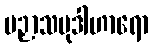
ပဉှာသမုဒါဟာရော